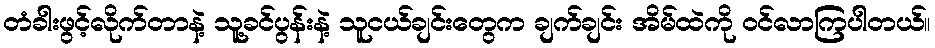
တံခါးဖွင့်လိုက်တာနဲ့ သူ့ခင်ပွန်းနဲ့ သူငယ်ချင်းတွေက ချက်ချင်း အိမ်ထဲကို ဝင်လာကြပါတယ်။